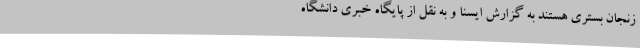
زنجان بستری هستند به گزارش ایسنا و به نقل از پایگاه خبری دانشگاه